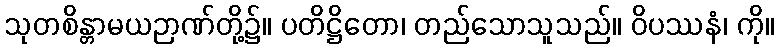
သုတစိန္တာမယဉာဏ်တို့၌။ ပတိဋ္ဌိတော၊ တည်သောသူသည်။ ဝိပဿနံ၊ ကို။